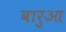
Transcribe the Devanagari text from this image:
बारुआ